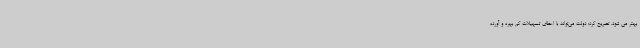
بهتر می شود، تصریح کرد: دولت می‌تواند با اعطای تسهیلات کم بهره و آورده